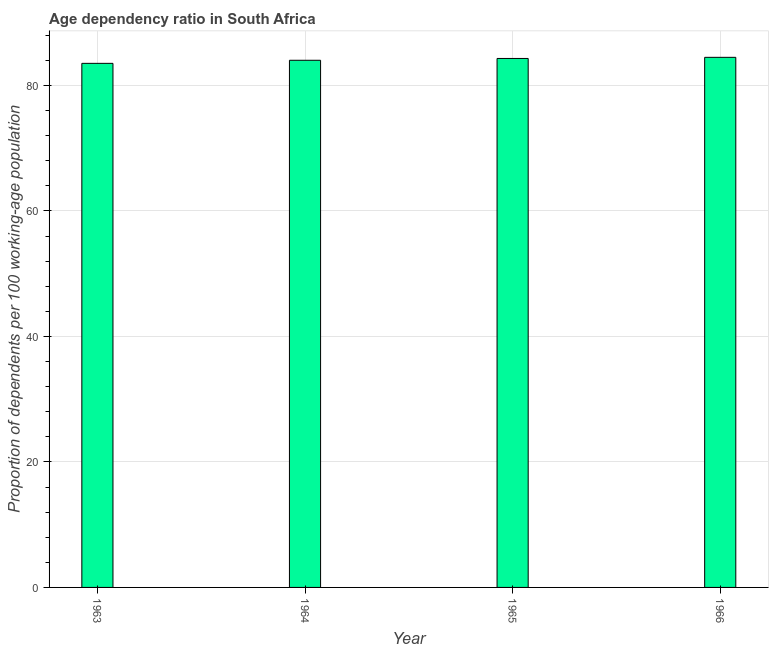
| Year | Age dependency ratio (% of working-age population) |
 | --- | --- |
 | 1963 | 83.5 |
 | 1964 | 84 |
 | 1965 | 84.3 |
 | 1966 | 84.5 |